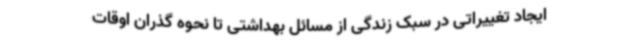
ایجاد تغییراتی در سبک زندگی از مسائل بهداشتی تا نحوه گذران اوقات